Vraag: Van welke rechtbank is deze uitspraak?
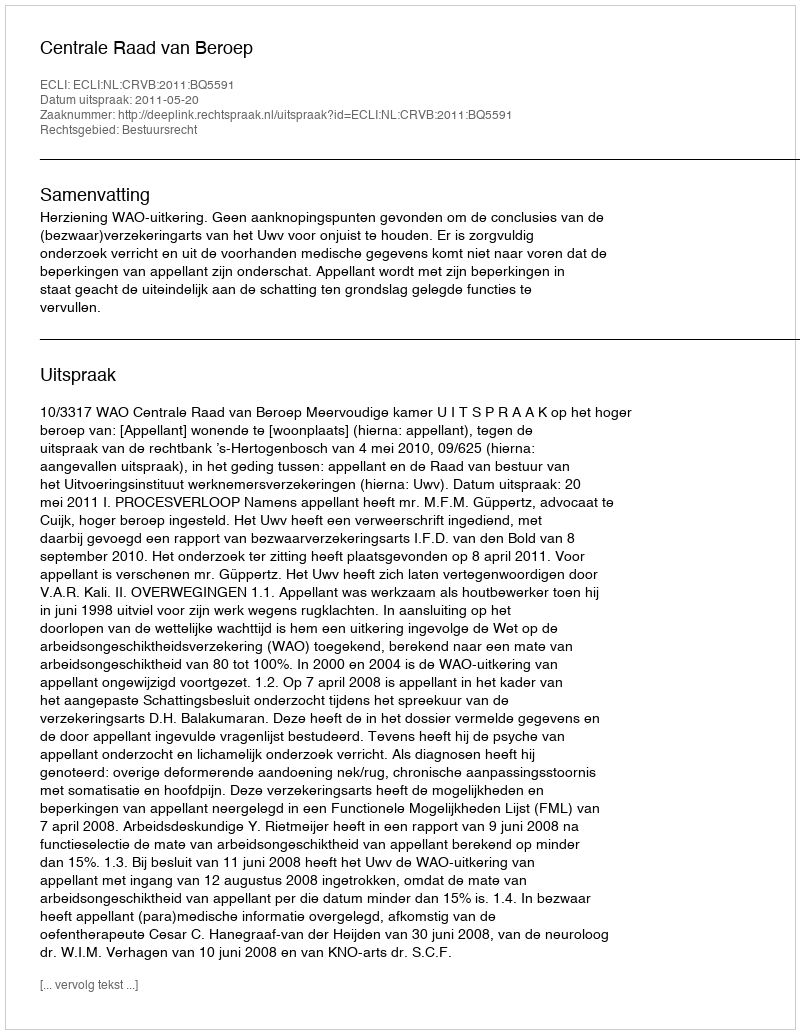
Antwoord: Centrale Raad van Beroep